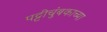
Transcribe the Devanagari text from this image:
पट्टीचुंबकाच्या